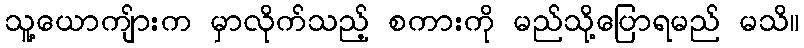
သူ့ယောကျ်ားက မှာလိုက်သည့် စကားကို မည်သို့ပြောရမည် မသိ။